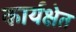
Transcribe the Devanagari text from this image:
कार्यक्षेत